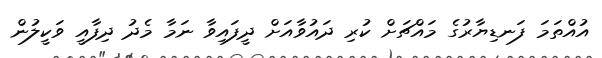
އުއްތަމަ ފަނޑިޔާރުގެ މައްޗަށް ކުރި ދައުވާއަށް ދީފައިވާ ނަމާ މެދު ދިފާއީ ވަކީލުން